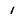
Character: 1